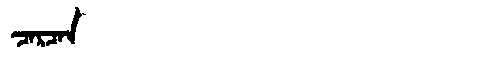
Manchu: ᠴᠠᡵᠴᠠᠨ
Romanization: CARCAN